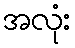
အလုံး